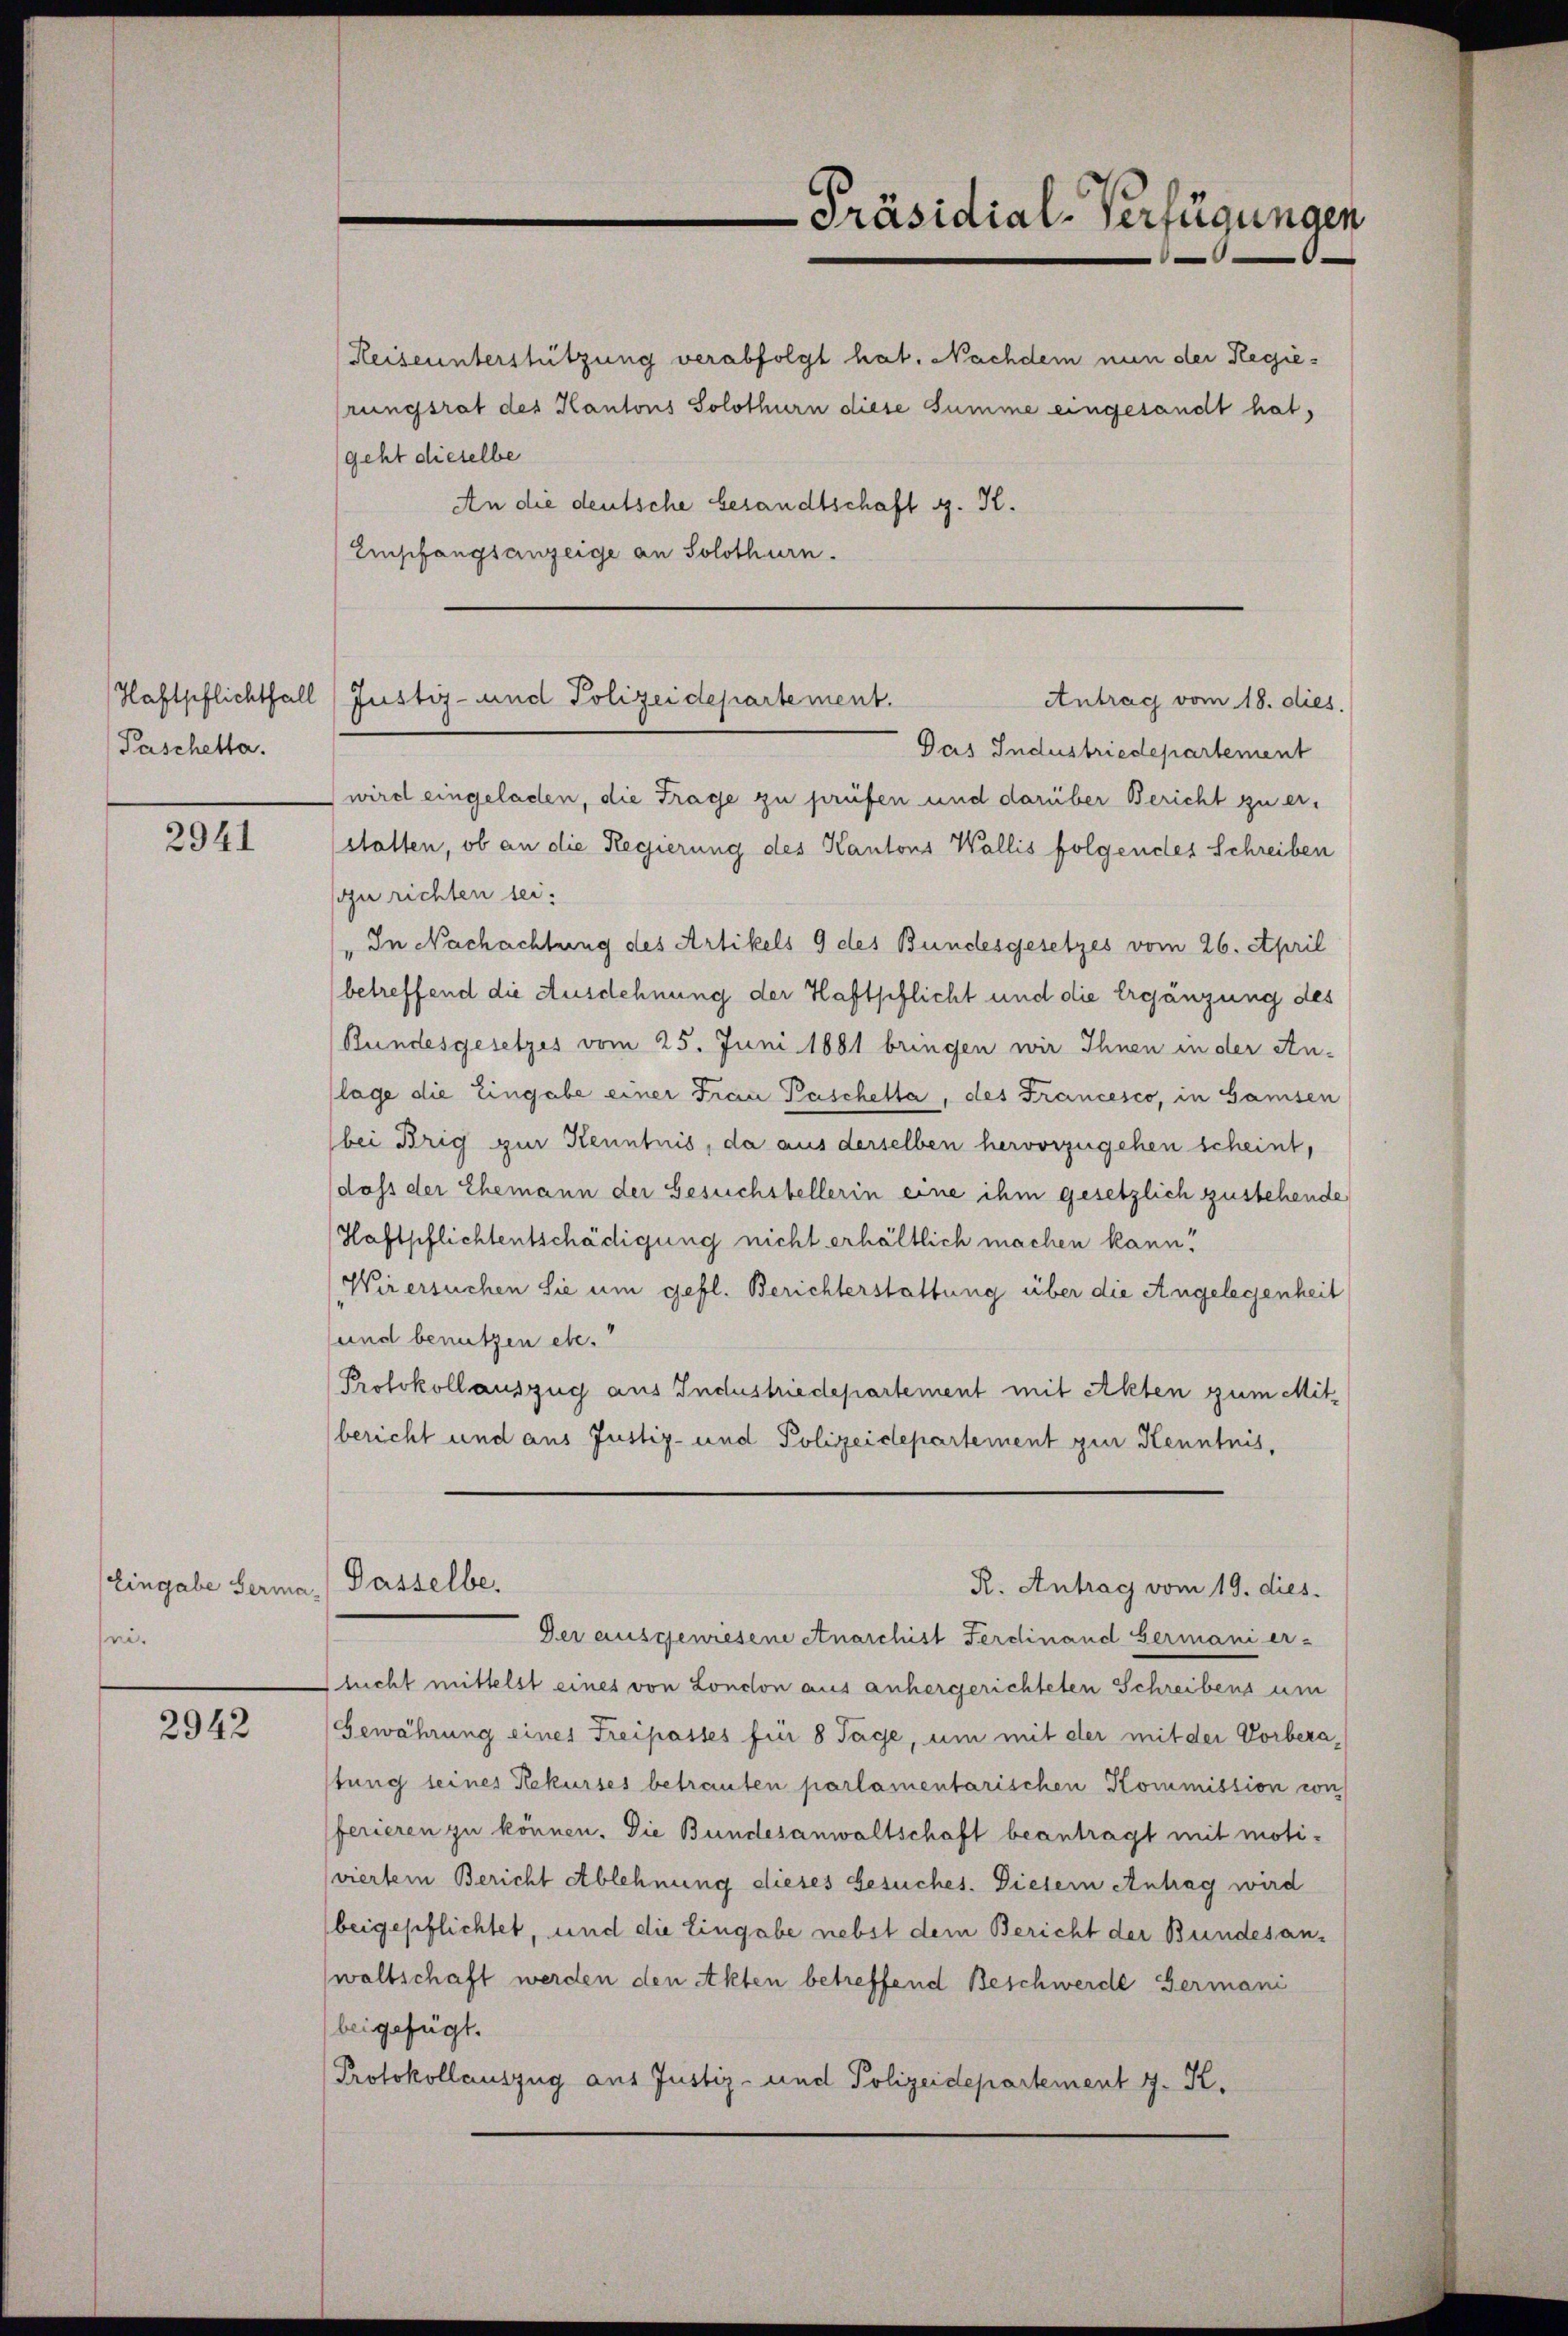
Paschetta.

2941

ri.

2942

-Präsidial-Verfügungen

Heiseunterstützung verabfolgt hat. Nachdem nun der Regierungsrat des Kantons Solothurn diese Summe eingesandt hat,
geht dieselbe
An die deutsche besandtschaft G. K.
Empfangsanzeige an Solothurn.

Haftpflichtfall (Justiz- und Polizeidepartement.
Antrag vom 18. dies

Eingabe Serma, (Passelbe,

Das Industriedepartement
wird eingeladen, die Frage zu prüfen und darüber Bericht zu erstatten, ob an die Regierung des Kantons Wallis folgendes Schreiben
in richten sei.
" In Nachachtung des Artikels 9 des Bundesgesetzes vom 26. April
betreffend die Ausdehnung der Haftschlicht und die Ergänzung des
Rundesgesetzes vom 25. Juni 1881 bringen wir Ihnen in der An-
lage die Eingabe einer Frau Paschetta, des Francesco, in Gamsen
bei Brig zur Kenntnis, da aus derselben hervorzugehen scheint,
dass der Ehemann der Gesuchstellerin eine ihm gesetzlich zustehende
Haftpflichtentschädigung nicht erhältlich machen kann!
Wir ersuchen Sie um gefl. Berichterstattung über die Angelegenheit
und benutzen etc.
Protokollauszug aus Industriedepartement mit Akten zum Mitbericht und aus Justiz- und Polizeidepartement zur Kenntnis,

Der ausgewiesene Anarchist Ferdinand Germani er-
lucht mittelst eines von London aus anhergerichteten Schreibens um
Gewährung eines Freipasses für 8 Tage, um mit der mit der Vorberastung seines Rekurses betrauten parlamentarischen Kommission von
ferieren zu können. Die Bundesanwaltschaft beantragt mit motiviertem Bericht Ablehnung dieses Gesuches. Dietern Antrag wird
beigepflichtet, und die Eingabe nebst dem Bericht der Bundesanwaltschaft werden den Akten betreffend Beschwerde Germani
beigefügt.
Protokollauszug aus Justiz- und Polizeidepartement J. K.

R. Antrag vom 19. dies